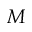
M